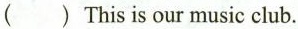
() This is our music club.